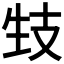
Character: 𤯙